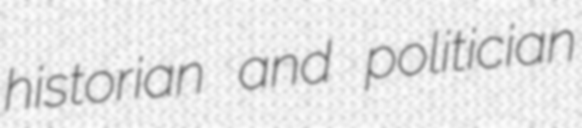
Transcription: historian and politician